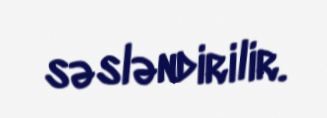
səsləndirilir.